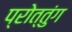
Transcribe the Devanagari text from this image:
प्रोत्तुंग